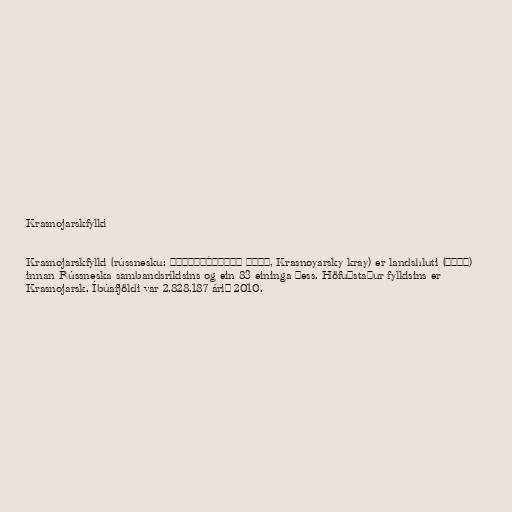
Krasnojarskfylki

Krasnojarskfylki (rússnesku: Красноя́рский край, Krasnoyarsky kray) er landshluti (край)
innan Rússneska sambandsríkisins og ein 83 eininga þess. Höfuðstaður fylkisins er
Krasnojarsk. Íbúafjöldi var 2,828,187 árið 2010.